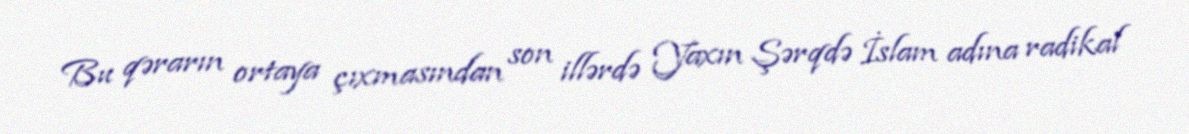
Bu qərarın ortaya çıxmasından son illərdə Yaxın Şərqdə İslam adına radikal